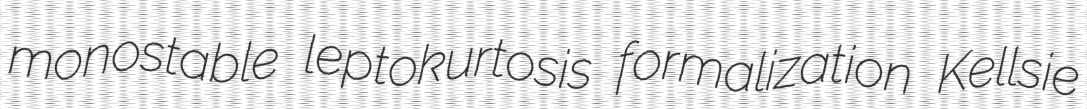
monostable leptokurtosis formalization Kellsie